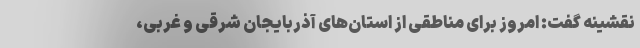
نقشینه گفت: امروز برای مناطقی از استان‌های آذربایجان شرقی و غربی،